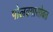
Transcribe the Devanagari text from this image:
पोलक्यासोबत